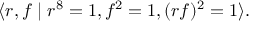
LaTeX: \langle r , f \mid r ^ { 8 } = 1 , f ^ { 2 } = 1 , ( r f ) ^ { 2 } = 1 \rangle .